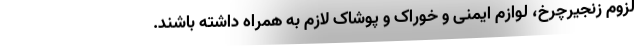
لزوم زنجیرچرخ، لوازم ایمنی و خوراک و پوشاک لازم به همراه داشته باشند.